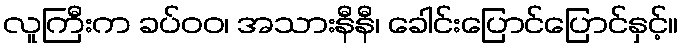
လူကြီးက ခပ်ဝဝ၊ အသားနီနီ၊ ခေါင်းပြောင်ပြောင်နှင့်။